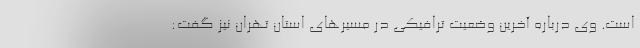
است. وی درباره آخرین وضعیت ترافیکی در مسیرهای استان تهران نیز گفت: